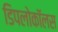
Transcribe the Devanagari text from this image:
डिपलोकॉलस